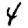
Digit: 4